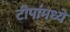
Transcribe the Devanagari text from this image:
टीपांमध्ये